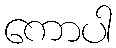
ကောပါ